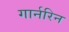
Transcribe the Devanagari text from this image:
गार्नरिन